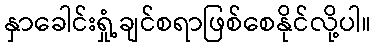
နှာခေါင်းရှုံ့ချင်စရာဖြစ်စေနိုင်လို့ပါ။